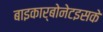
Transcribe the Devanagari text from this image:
बाइकार्बोनेटइसके